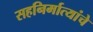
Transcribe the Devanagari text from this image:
सहनिर्मात्यांचे